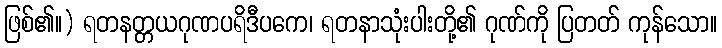
ဖြစ်၏။) ရတနတ္တယဂုဏပရိဒီပကေ၊ ရတနာသုံးပါးတို့၏ ဂုဏ်ကို ပြတတ် ကုန်သော။